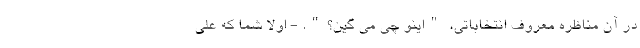
در آن مناظره معروف انتخاباتی، "اینو چی می گین؟". - اولاً شما که علی